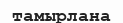
тамырлана